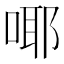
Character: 㖿